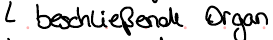
beschließende Organ